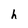
Character: h